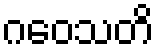
ဂဝေသတိ